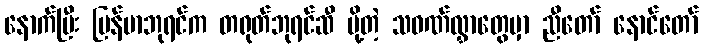
နောက်ပြီး မြန်မာဘုရင်က တရုတ်ဘုရင်ဆီ ပို့တဲ့ သဝဏ်လွှာတွေမှာ ညီတော် နောင်တော်